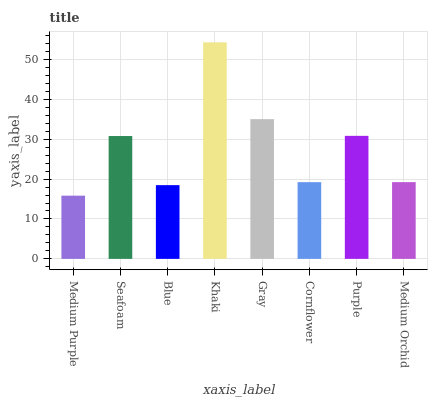
| xaxis_label | bars |
 | --- | --- |
 | Medium Purple | 15.8 |
 | Seafoam | 30.8 |
 | Blue | 18.5 |
 | Khaki | 54.3 |
 | Gray | 35 |
 | Cornflower | 19.2 |
 | Purple | 30.8 |
 | Medium Orchid | 19.2 |